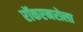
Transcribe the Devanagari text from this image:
रॉकएनरोला